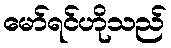
မော်ရင်ဟိုသည်